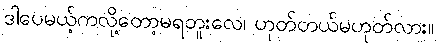
ဒါပေမယ့်ကလို့တော့မရဘူးလေ၊ ဟုတ်တယ်မဟုတ်လား။